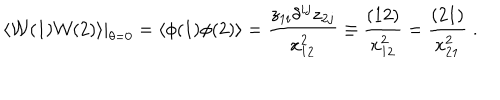
LaTeX: \langle { \cal W } ( 1 ) { \cal W } ( 2 ) \rangle | _ { \theta = 0 } = \langle \phi ( 1 ) \phi ( 2 ) \rangle = \frac { z _ { 1 i } \delta ^ { i j } z _ { 2 j } } { x _ { 1 2 } ^ { 2 } } \equiv \frac { ( 1 2 ) } { x _ { 1 2 } ^ { 2 } } = \frac { ( 2 1 ) } { x _ { 2 1 } ^ { 2 } } \; .